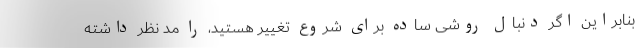
بنابراین اگر دنبال روشی ساده برای شروع تغییر هستید، را مد نظر داشته